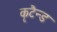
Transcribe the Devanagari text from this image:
कृटैन्ड